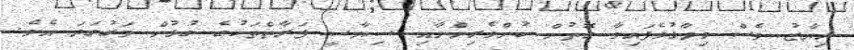
ރިޔާޒު ވެސް ވިދާޅުވެފައިވާ ގޮތުން ކުށްވެރިންނާއި ސިޔާސީ ފަރާތްތަކުގެ ގުޅުން ވަރުގަދަ އެވެ.